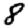
Digit: 8